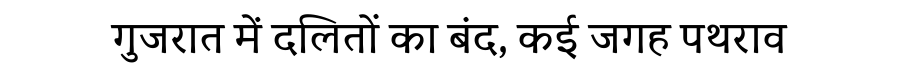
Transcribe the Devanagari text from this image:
गुजरात में दलितों का बंद, कई जगह पथराव